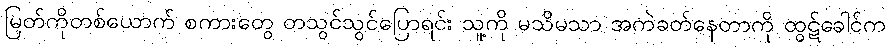
မြတ်ကိုတစ်ယောက် စကားတွေ တသွင်သွင်ပြောရင်း သူ့ကို မသိမသာ အကဲခတ်နေတာကို ထွဋ်ခေါင်က